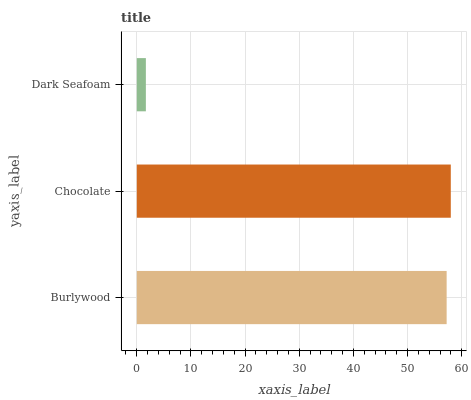
| yaxis_label | bars |
 | --- | --- |
 | Burlywood | 57.2 |
 | Chocolate | 58 |
 | Dark Seafoam | 1.68 |